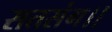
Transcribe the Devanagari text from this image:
सतसंग।।